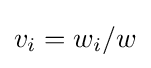
v_{i}=w_{i}/w